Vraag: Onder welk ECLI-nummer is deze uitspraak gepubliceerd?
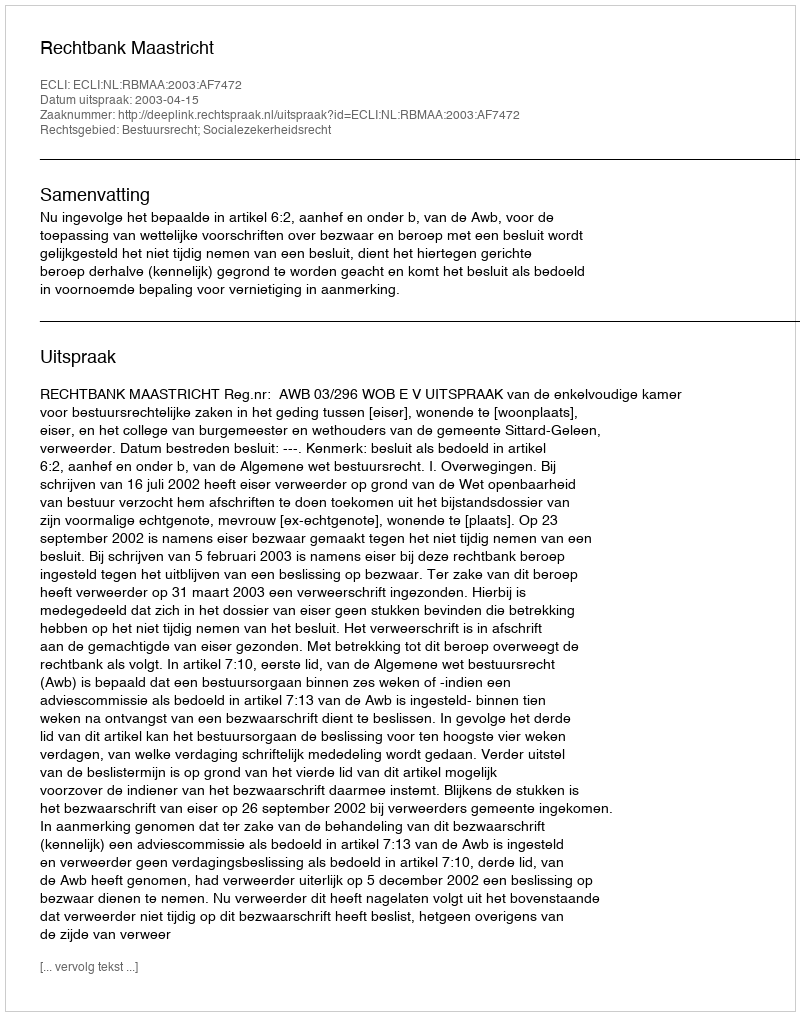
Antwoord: ECLI:NL:RBMAA:2003:AF7472